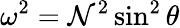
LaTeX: \omega^{2}=\mathcal{N}^{2}\sin^{2}\theta